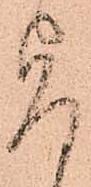
旨